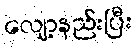
လျော့နည်းပြီး